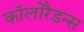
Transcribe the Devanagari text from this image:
कॉलोरैडन्स